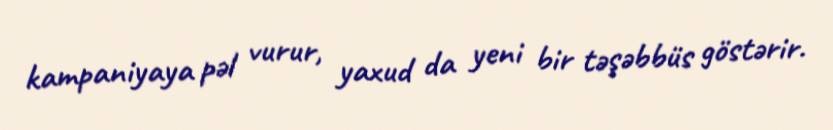
kampaniyaya pəl vurur, yaxud da yeni bir təşəbbüs göstərir.